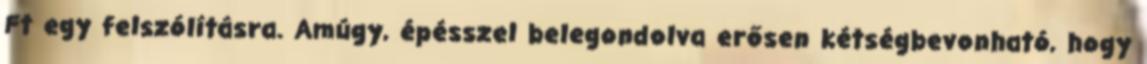
Ft egy felszólításra. Amúgy, épésszel belegondolva erősen kétségbevonható, hogy